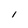
Character: I